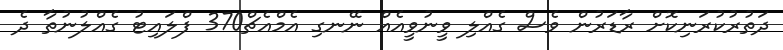
ދަތުރުކުރަނިކޮށް ރާޑަރުން ވެސް ގެއްލި ވީނުވީއެއް ނޭނގި އެމްއެޗް370 ފްލައިޓު ގެއްލުނުތާ ދެ